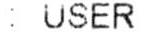
: USER